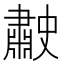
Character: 𦘤